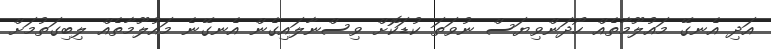
އަދި އެނގޭ މައުލޫމާތެއް ހޯދަންވިޔަސް ނުވަތަ ކުޑަކޮށް ވިސްނާލައިގެން އެނގޭނެ މައުލޫމާތެއް ލިބިގަތުމަށް